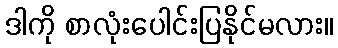
ဒါကို စာလုံးပေါင်းပြနိုင်မလား။